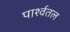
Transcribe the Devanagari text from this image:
पार्श्वतल